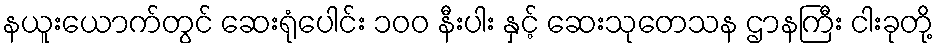
နယူးယောက်တွင် ဆေးရုံပေါင်း ၁၀၀ နီးပါး နှင့် ဆေးသုတေသန ဌာနကြီး ငါးခုတို့